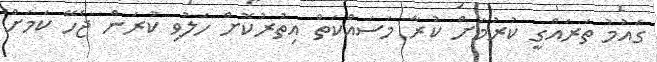
ގައުމު ތަރައްގީ ކުރުމަށް ކުރާ މަސައްކަތް އިތުރުކޮށް ހަލުވި ކުރަން ޖެހޭ ކަމަށް